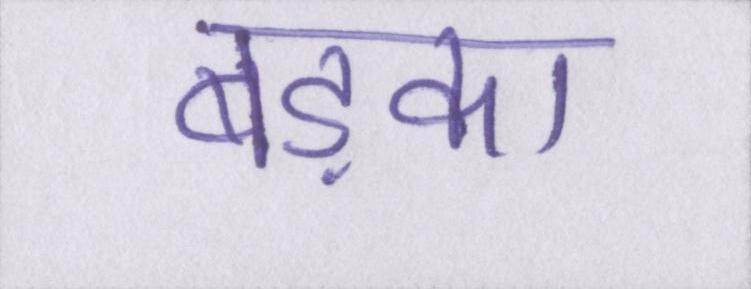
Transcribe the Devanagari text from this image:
बड़का